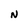
Character: N